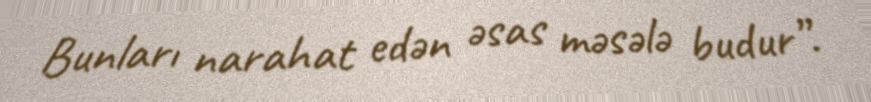
Bunları narahat edən əsas məsələ budur”.